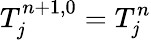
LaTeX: T_{\mathit{j}}^{n+1,0}=T_{\mathit{j}}^{n}